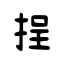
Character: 挰